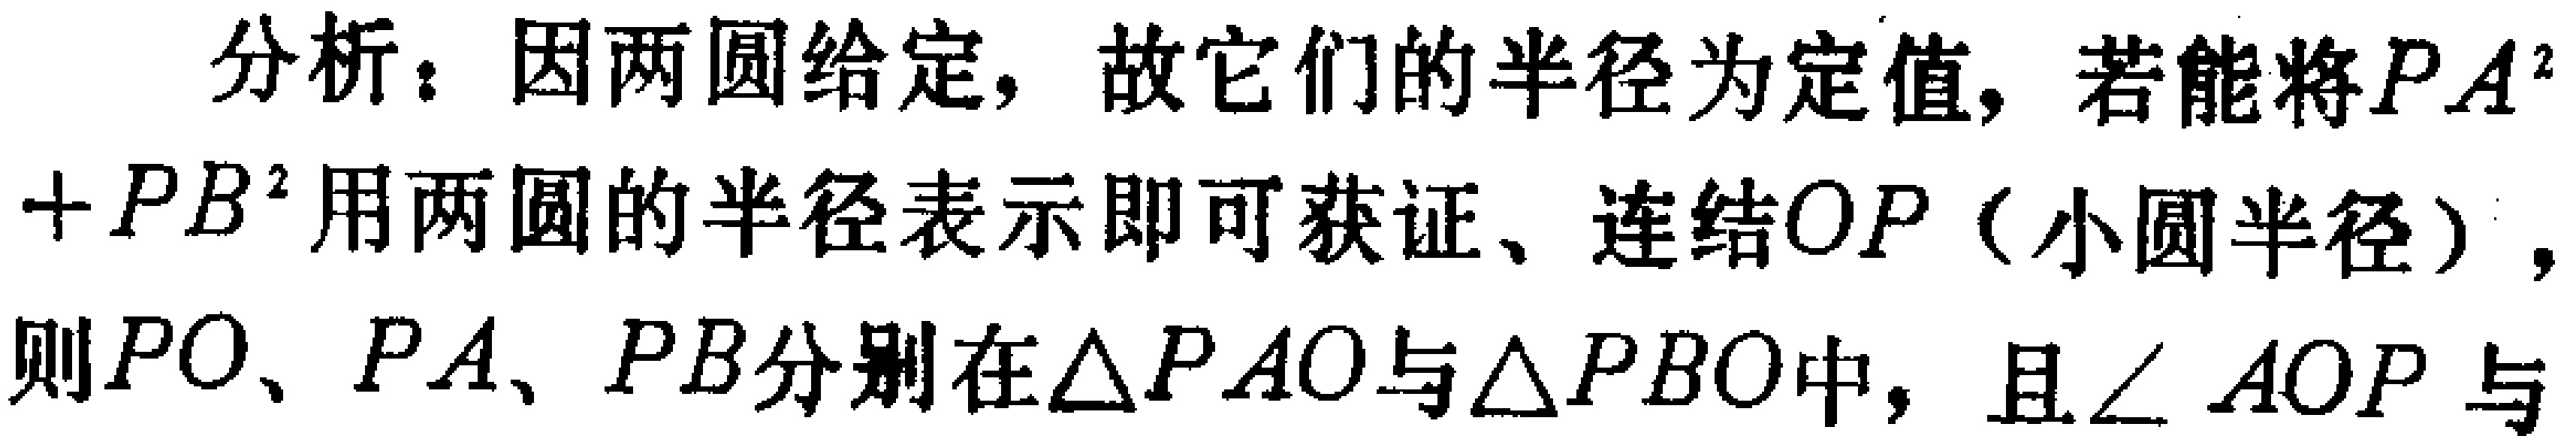
分析：因两圆给定，故它们的半径为定值，若能将\(PA^{2}+PB^{2}\)用两圆的半径表示即可获证、连结\(OP\)（小圆半径），则\(PO\)、\(PA\)、\(PB\)分别在\(\triangle PAO\)与\(\triangle PBO\)中，且\(\angle AOP\)与